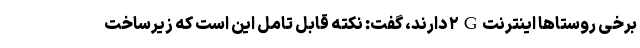
برخی روستاها اینترنت۲G دارند، گفت: نکته قابل تامل این است که زیرساخت